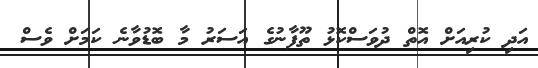
އަދި ކުރިއަށް އޮތް ދުވަސްކޮޅު ތޫފާނުގެ އަސަރު މާ ބޮޑުވާނެ ކަމަށް ވެސް